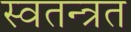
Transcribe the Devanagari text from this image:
स्वतन्त्रत